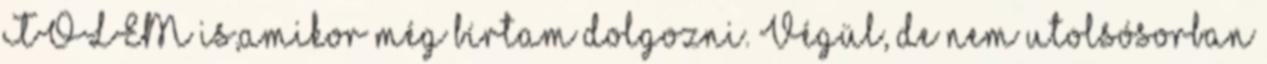
TŐLEM is,amikor még bírtam dolgozni. Végül, de nem utolsósorban